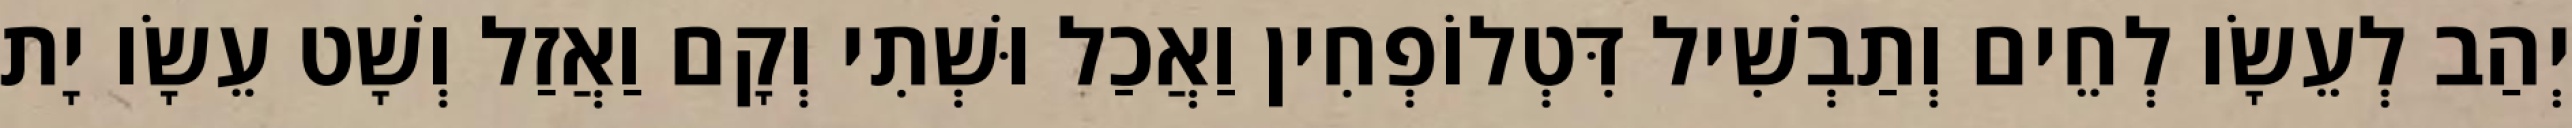
יְהַב לְעֵשָׂו לְחֵים וְתַבְשִׁיל דִּטְלוֹפְחִין וַאֲכַל וּשְׁתִי וְקָם וַאֲזַל וְשָׁט עֵשָׂו יָת